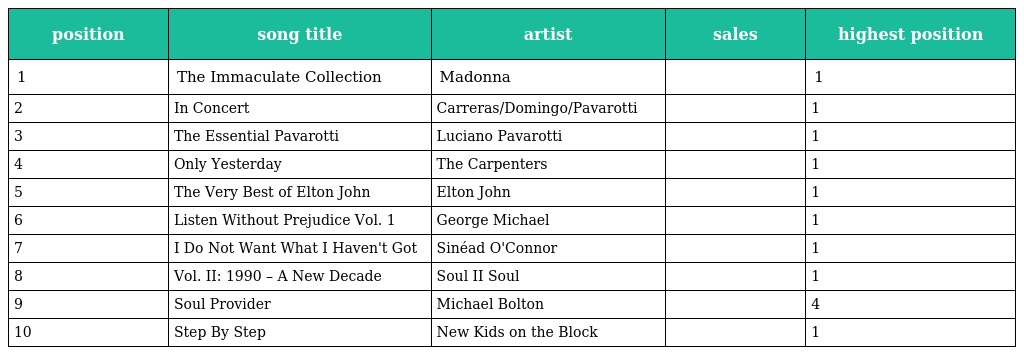
| position | song title | artist | sales | highest position |
 | --- | --- | --- | --- | --- |
 | 1 | The Immaculate Collection | Madonna |  | 1 |
 | 2 | In Concert | Carreras/Domingo/Pavarotti |  | 1 |
 | 3 | The Essential Pavarotti | Luciano Pavarotti |  | 1 |
 | 4 | Only Yesterday | The Carpenters |  | 1 |
 | 5 | The Very Best of Elton John | Elton John |  | 1 |
 | 6 | Listen Without Prejudice Vol. 1 | George Michael |  | 1 |
 | 7 | I Do Not Want What I Haven't Got | Sinéad O'Connor |  | 1 |
 | 8 | Vol. II: 1990 – A New Decade | Soul II Soul |  | 1 |
 | 9 | Soul Provider | Michael Bolton |  | 4 |
 | 10 | Step By Step | New Kids on the Block |  | 1 |